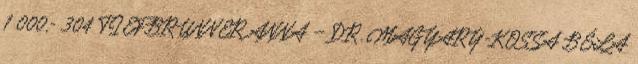
1 000,- 304 TIEFBRUNNER ANNA – DR. MAGYARY-KOSSA BÉLA